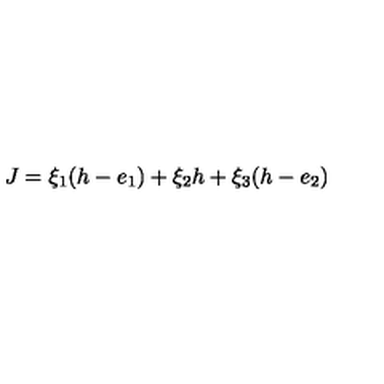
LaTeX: J = \xi _ { 1 } ( h - e _ { 1 } ) + \xi _ { 2 } h + \xi _ { 3 } ( h - e _ { 2 } )